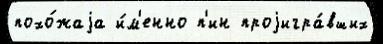
похо́жаjа и́м'енно п'ин проjигра́вших